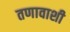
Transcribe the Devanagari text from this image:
तणावाशी